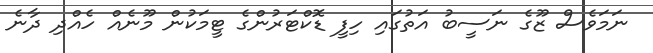
ނަމަވެސް ޒޫގެ ނަސީބު އަތުގައި ހިފީ ޑޮކްޓަރުންގެ ޓީމަކުން މޫނެއް ހެއްދި ދާނެ